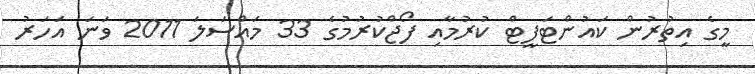
މީގެ އިތުރުން ކައުންޓަފީޓް ކުރުމާއި ފޯޖްކުރުމުގެ 33 މައްސަލަ 2011 ވަނަ އަހަރު